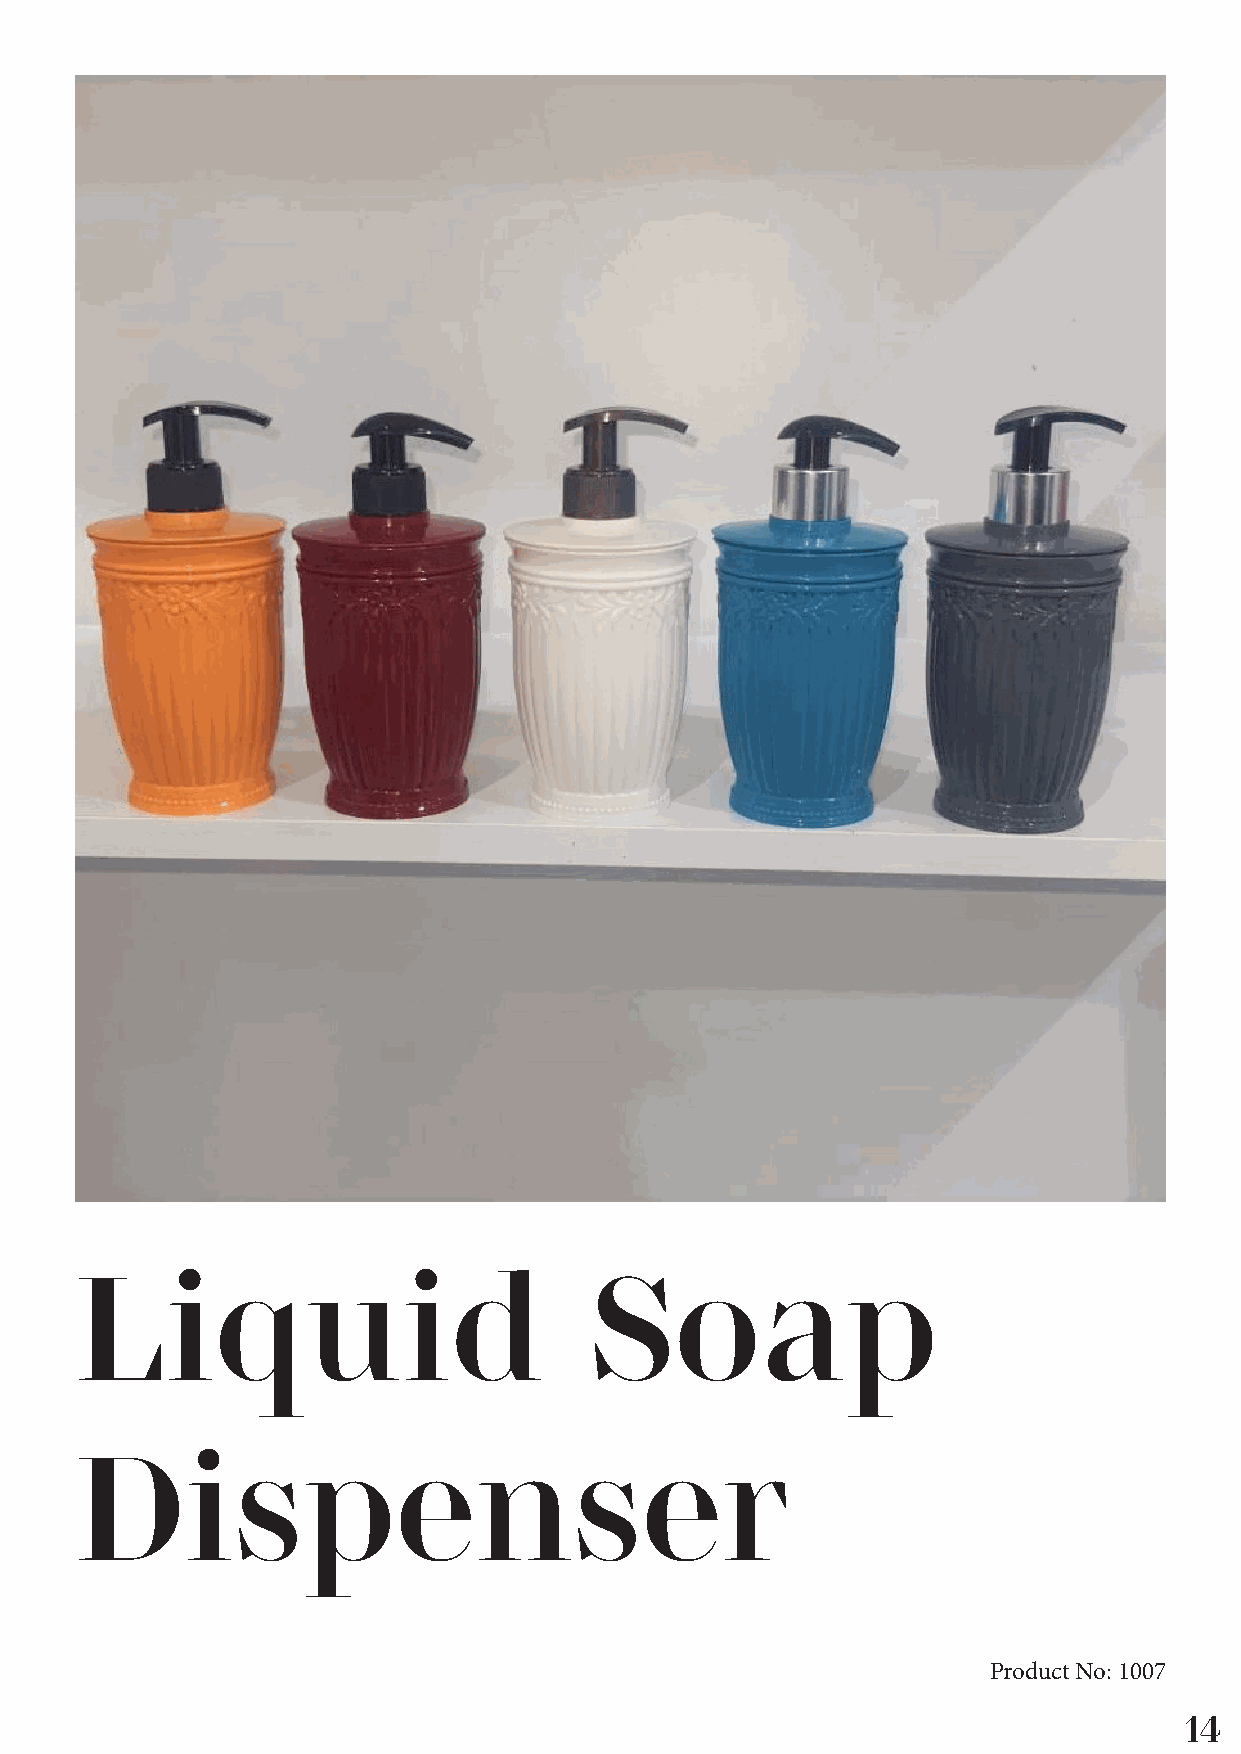
Liquid                            Soap
 Dispenser
 Product No: 1007
 14